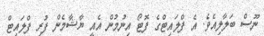
ނޫސް ބަލާލިއެވެ. އެ ފްލައިޓްގެ ފޮޓޯ އިނުމުން އެއީ ޔާޝާމެން ފުރި ފްލައިޓް